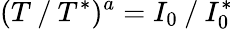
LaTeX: (T⁄T^{*})^{a}=I_{0}⁄I_{0}^{*}